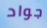
جواد